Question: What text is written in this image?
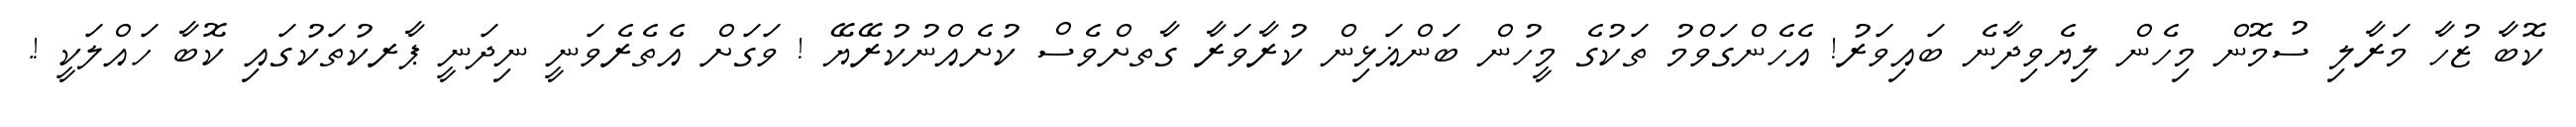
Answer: ކޮބާ ޒުހާ މަރާލި ސުމޮން މިހެން ލިޔެވިދާނެ ބައިވަރު! އެހެންގަވްމު ތަކުގެ މީހުން ބަންޣަޅިން ކުރާވަރާ ގާތށްވެސް ކުށެއްނުކުރޭޔޭ ! ވަގަށް އެތެރެވަނީ ނިދަނީ ޕާރކުތަކުގައި ކޮބާ ހައްލަކީ !.